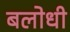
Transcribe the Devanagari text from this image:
बलोधी